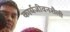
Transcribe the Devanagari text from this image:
कार्यजीवनशैली